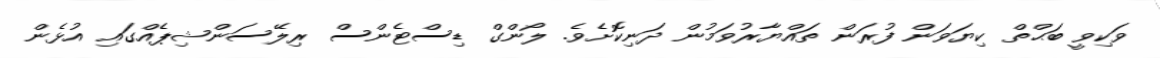
ވަކިވީ ބަޙްތް ކިޔަވަން ފުރަން ތައްޔާރުވަމުން ދަނިކޮށެވެ. ލޯންގް ޑިސްޓެންސް ރިލޭސަންޝިޕެއްގައި އުޅެން